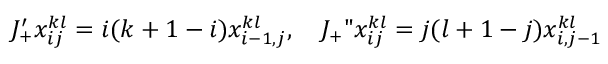
J _ { + } ^ { \prime } x _ { i j } ^ { k l } = i ( k + 1 - i ) x _ { i - 1 , j } ^ { k l } , \quad J _ { + } " x _ { i j } ^ { k l } = j ( l + 1 - j ) x _ { i , j - 1 } ^ { k l }